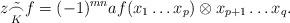
LaTeX: \begin{align*} z \tilde{\underset{K}{\frown}} f = (-1)^{mn} af(x_1 \ldots x_p) \otimes x_{p+1} \ldots x_q.\end{align*}